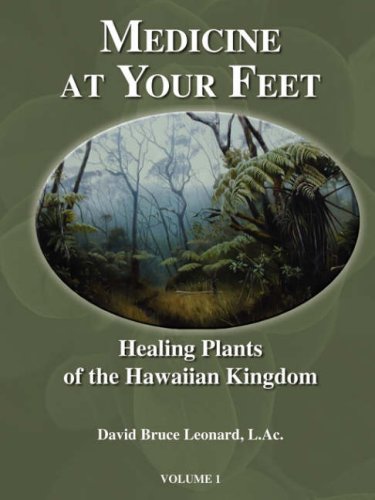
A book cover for Medicine at Your Feet; David Bruce Leonard; Crafts, Hobbies & Home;